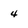
Character: 4